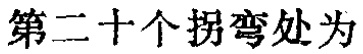
第二十个拐弯处为